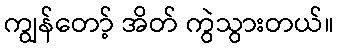
ကျွန်တော့် အိတ် ကွဲသွားတယ်။